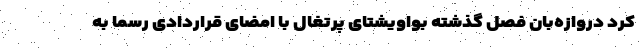
کرد دروازه‌بان فصل گذشته بواویشتای پرتغال با امضای قراردادی رسما به